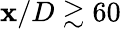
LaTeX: \mathbf{x}/D\gtrsim60